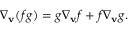
\nabla _ { \mathbf { v } } ( f g ) = g \nabla _ { \mathbf { v } } f + f \nabla _ { \mathbf { v } } g .